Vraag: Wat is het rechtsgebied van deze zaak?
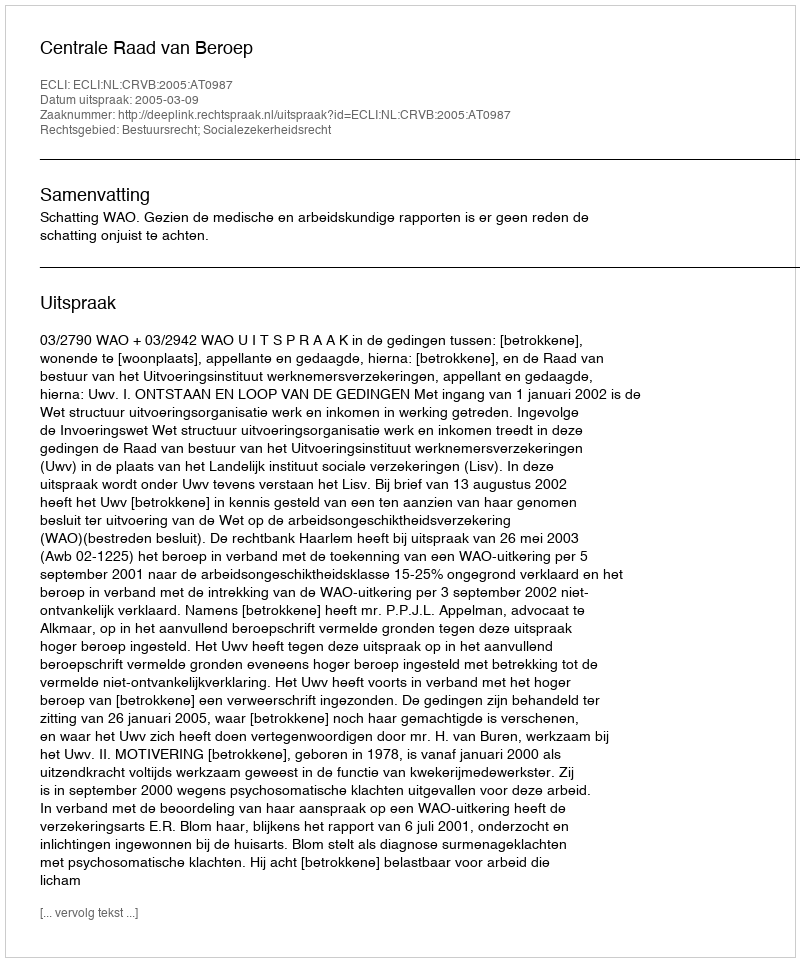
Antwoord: Bestuursrecht; Socialezekerheidsrecht